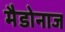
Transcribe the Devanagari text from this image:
मैडोनाज